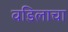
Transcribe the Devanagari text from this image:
वडिलाचा